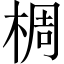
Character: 椆